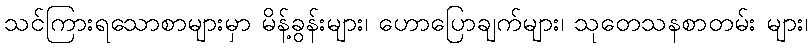
သင်ကြားရသောစာများမှာ မိန့်ခွန်းများ၊ ဟောပြောချက်များ၊ သုတေသနစာတမ်း များ၊